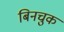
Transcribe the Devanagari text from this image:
बिनचुक